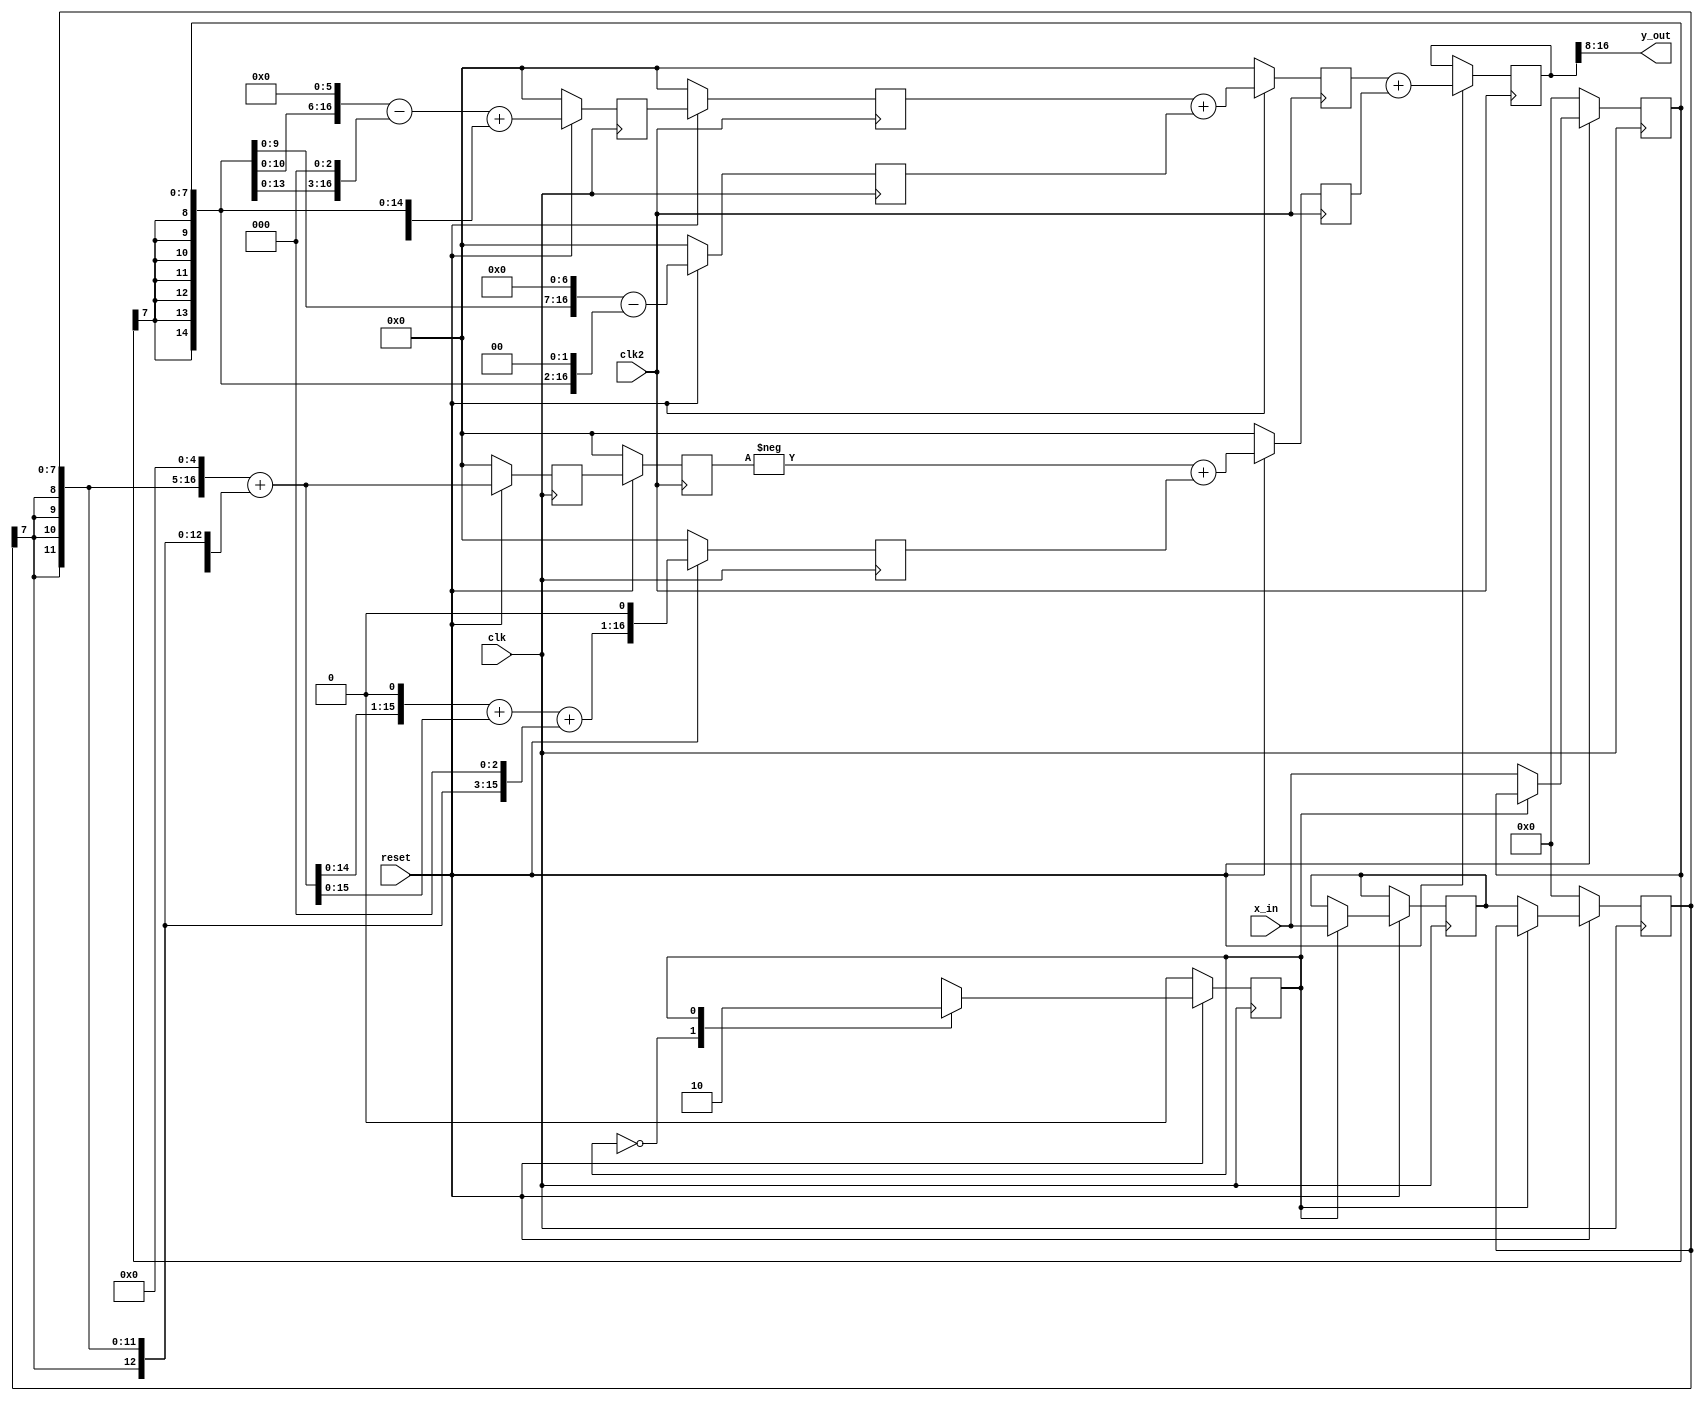
`timescale 1ns / 1ps
//////////////////////////////////////////////////////////////////////////////////
// Company: 
// Engineer: 
// 
// Design Name: 
// Module Name:    polyfilter 
// Project Name: 
// Target Devices: 
// Tool versions: 
// Description: 
//
// Dependencies: 
//
// Revision: 
// Revision 0.01 - File Created
// Additional Comments: 
//
//////////////////////////////////////////////////////////////////////////////////
module polyfilter (clk, clk2, reset, x_in,  y_out);
  parameter even=0, odd=1;
  
  input          clk;          	// 
  input         clk2;         	// 
  input          reset;
  input  [7:0]    x_in;         	// 
  output [8:0]    y_out;          	// 

 // 
  reg  [16:0] m0, m1, m2, m3, r0, r1, r2, r3; 
  reg  [16:0] x33, x99, x107;
  reg  [16:0] y;
  reg  [7:0] x_odd, x_even, x_wait;   // 
  wire [16:0] x_odd_sxt, x_even_sxt;
  reg   state; 

  always @(posedge clk)  begin 	// 
    if(!reset) begin //
	    state <= even;
		 x_even <= 0;
		 x_odd <= 0;
		 
	 end
	 else begin 
		 case (state) 
			even : begin
			  x_even <= x_in; 
			  x_odd  <= x_wait;
			  state <= odd;
			end
			odd : begin
			  x_wait <= x_in;
			  state <= even;
			end
		 endcase  
	  end
  end

  assign x_odd_sxt = {{9{x_odd[7]}},x_odd};
  assign x_even_sxt = {{9{x_even[7]}},x_even};

  always @(posedge clk)  begin // 
    if(!reset) begin
	    x33  = 0;   //         
		 x99  = 0;                  
		 x107 = 0;
		 m0 = 0; 
		 m1 = 0; 
		 m2 = 0;
		 m3 = 0; 
	 end
	 else begin
		 x33  = (x_odd_sxt << 5) + x_odd_sxt;            
		 x99  = (x33 << 1) + x33;                  
		 x107 = x99 + (x_odd_sxt << 3);
		 // 
		 m0 = (x_even_sxt << 7) - (x_even_sxt << 2); // m0 = 124
		 m1 = x107 << 1; // m1 = 214
		 m2 = (x_even_sxt << 6) - (x_even_sxt << 3)  + x_even_sxt;// m2 =  57
		 m3 = x33; // m3 = -33
	 end
  end

  always @(negedge clk2) begin //
     if(!reset) begin
	     r0 <= 0;
		  r2 <= 0;
		  r1 <= 0;
		  r3 <= 0;
	  end
	  else begin
	    //G0             
		 r0 <=  r2 + m0;        // g0 = 128
		 r2 <=  m2;             // g2 = 57
	    // G1
		 r1 <=  -r3 + m1;       // g1 = 214
		 r3 <=  m3;             // g3 = -33
	    // 
		 y <= r0 + r1; 
	  end
  end
  
  assign y_out = y[16:8]; //

endmodule